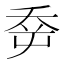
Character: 𡴘